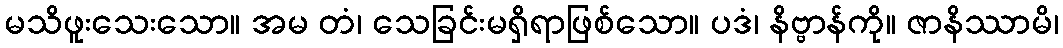
မသိဖူးသေးသော။ အမ တံ၊ သေခြင်းမရှိရာဖြစ်သော။ ပဒံ၊ နိဗ္ဗာန်ကို။ ဇာနိဿာမိ၊